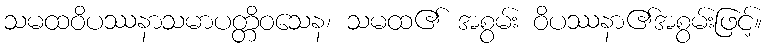
သမထဝိပဿနာသမာပတ္တိဝသေန၊ သမထ၏ အစွမ်း ဝိပဿနာ၏အစွမ်းဖြင့်။